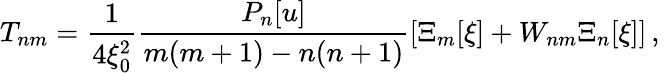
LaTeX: T_{nm}=\frac{1}{4\xi_{0}^{2}}\frac{P_{n}[u]}{m(m+1)-n(n+1)}[\Xi_{m}[\xi]+W_{nm}\Xi_{n}[\xi]]\, ,\